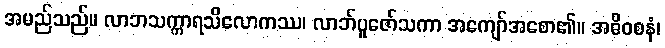
အမည်သည်။ လာဘသက္ကာရသိလောကဿ၊ လာဘ်ပူဇော်သကာ အကျော်အစော၏။ အဓိဝစနံ၊